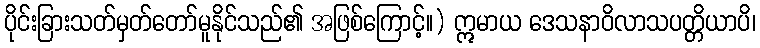
ပိုင်းခြားသတ်မှတ်တော်မူနိုင်သည်၏ အဖြစ်ကြောင့်။) ဣမာယ ဒေသနာဝိလာသပတ္တိယာပိ၊